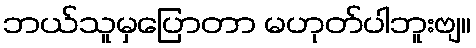
ဘယ်သူမှပြောတာ မဟုတ်ပါဘူးဗျ။